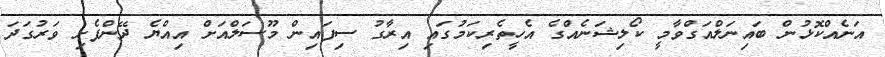
އަނެއްކޮޅުން ބައިނަލްއަގްވާމީ ކޯލިޝަނެއްގެ އެހީތެރިކަމުގައި އިރާގު ސިފައިން މޫސަލްއަށް އިއްޔެ ދޭންފެށި ވަރުގަދަ